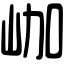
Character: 𡶐